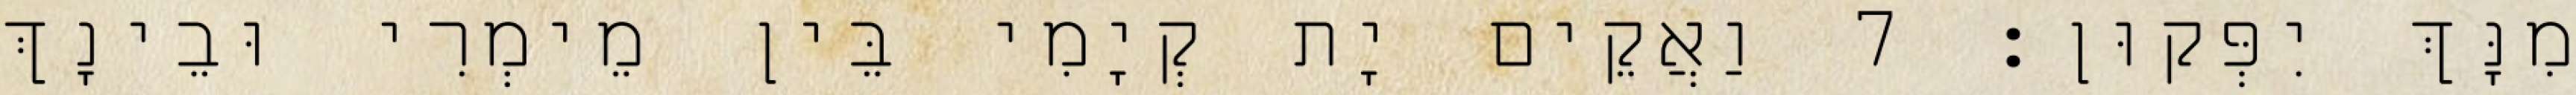
מִנָּךְ יִפְּקוּן׃ 7 וַאֲקֵים יָת קְיָמִי בֵּין מֵימְרִי וּבֵינָךְ